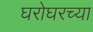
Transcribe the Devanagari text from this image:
घरोघरच्या